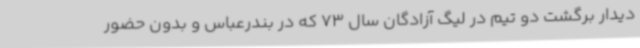
دیدار برگشت دو تیم در لیگ آزادگان سال 73 که در بندرعباس و بدون حضور